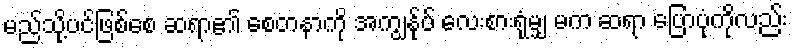
မည်သို့ပင်ဖြစ်စေ ဆရာ၏ စေတနာကို အကျွန်ုပ် လေးစားရုံမျှ မက ဆရာ ပြောပုံကိုလည်း